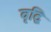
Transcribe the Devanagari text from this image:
वृद्बि